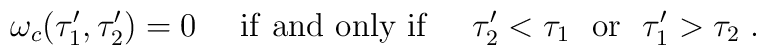
\omega_c(\tau'_1,\tau'_2)=0~~~~{\rm if~and~only~if }~~~~ \tau'_2<	\tau_1~~{\rm or}~~ \tau'_1>\tau_2\;.